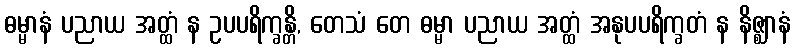
ဓမ္မာနံ ပညာယ အတ္ထံ န ဥပပရိက္ခန္တိ, တေသံ တေ ဓမ္မာ ပညာယ အတ္ထံ အနုပပရိက္ခတံ န နိဇ္ဈာနံ